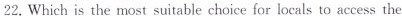
22.Which is the most suitable choice for locals to access the